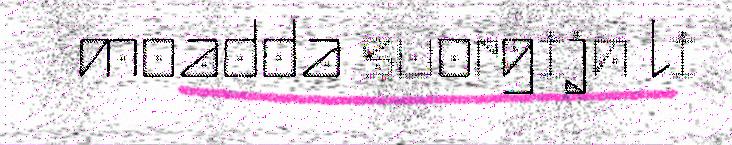
moadda suorgijn li